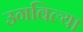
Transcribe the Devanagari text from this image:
उगविल्या